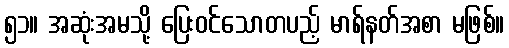
၅၁။ အဆုံးအမသို့ ပြေးဝင်သောတပည့် မာရ်နတ်အစာ မဖြစ်။